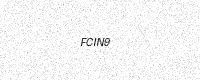
Text: FCIN9